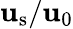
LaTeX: \mathbf{u}_{\mathrm{{s}}}/\mathbf{u}_{0}